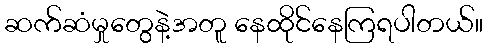
ဆက်ဆံမှုတွေနဲ့အတူ နေထိုင်နေကြရပါတယ်။